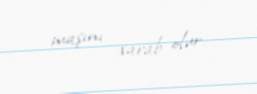
maşını xarab olur.